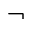
\neg